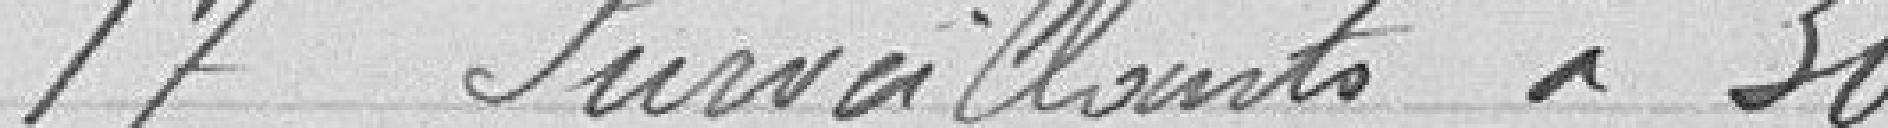
17 surveillants à 300 francs